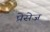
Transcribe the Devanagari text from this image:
प्रेसेज